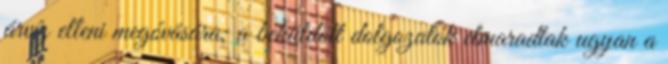
árvíz elleni megóvására; a beküldött dolgozatok elmaradtak ugyan a